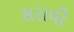
સરાવી